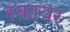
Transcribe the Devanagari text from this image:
स्कायर